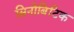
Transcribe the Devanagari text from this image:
सिनोबिटिक